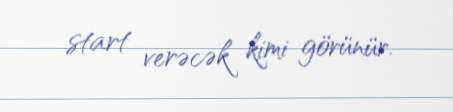
start verəcək kimi görünür.